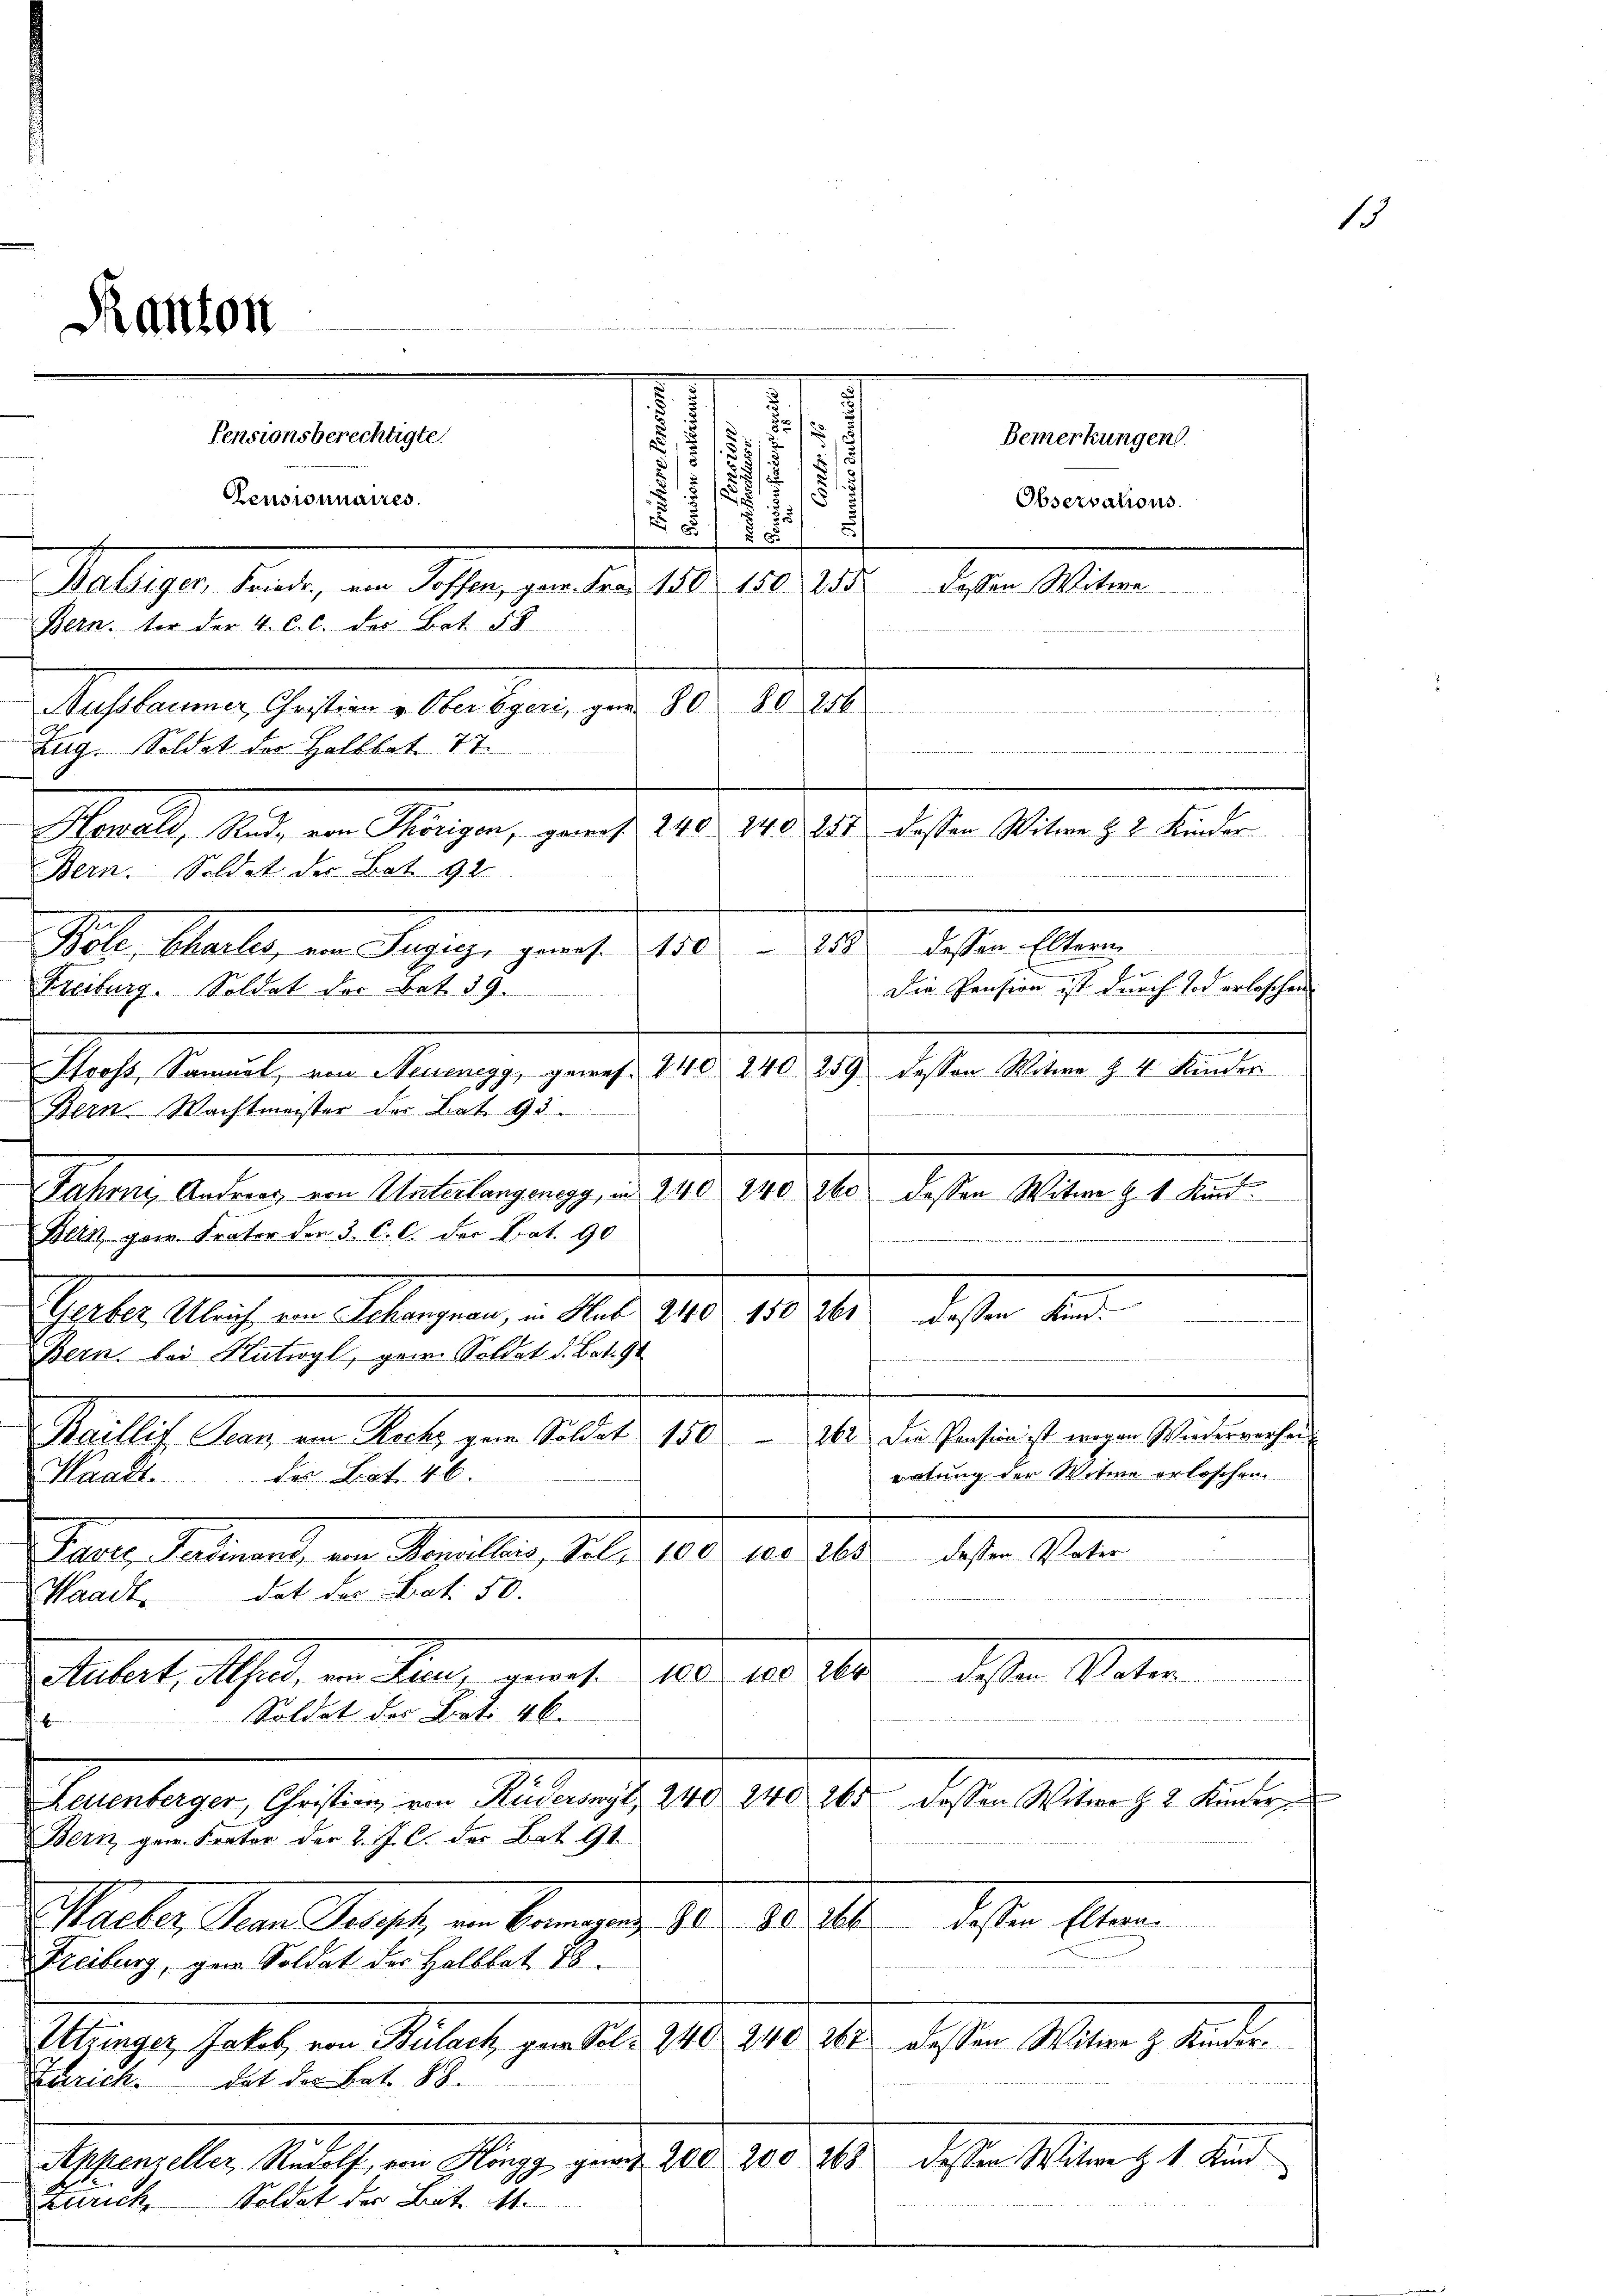
Pensionsberechtigte.
Pensionnaires.
Bern, der der 4. C. c. der Bet § 8
Machterung, Gasten et le legen, zum 10.
Zug. Soldat der Halbbat. 77.
Morel, das in Wagen, ging 1910. 1905.

.

18
1
5
8
5
s
d
585
2sten Mitern
Mar
dessen Witwe Z. 2 Kinder
258 dessen Eltern.
d
Die Pension ist durch Tod erbeschen
Mache Sanit, in Meinung, genug. 1910. 1910. 159. 17ten Mein 11. Seiten
Bein. Wachtmeister der Bat. 93.

x
160.
Salles bedung von Malsbergang in 1810. 1910.
dessen Witwe Z. 4 Kind
Bein gew. Frator der 3. C. c. der Bat. 90
s
.
Gerber Ulrich von Schangnau, in Hub 210 150 261 dessen Kind
Bern, bei Katwyl, gern. Soldat d. Bat. 91
Baillif Jean von Rechs zum Soldat 150 – 161 die Pension ist wegen Wiederverhauertung der Witwe erloschen.
Waadt.
Das Part. 46
100. 265
deten
Pater, Salement, ein Vereiten, der 10.
dat der Prot. 50.
Waadt
alde des 14. dessen Raten
Mutert, Alfred, in den, gante
Soldat des Lati 46.

Leuenberger, Christian von Ruderswyl 240 240 265 dessen Witwer Z. 2 Kinder
Bern gew. Frator der 2. J. C. des Bat. 91.
166
desten an
Meuber, dem Recht, in Banging 10. 10
Freiburg, gen Soldat der Halbbat. 78.
240
de 21sten Menz ander
Ittingen, habet, von Bülach, genable 140
Schrich. dat der Bat. 88.
deßen 10ten 11. Au
Appenzeller, Rudolt, von Höngg gewis 200 200 268
Zürich Soldat der Bett. 41.

Kanton

Bern. Soldet der Bot 92
Pele, Male, von Segige gemacht is

Freiburg. Soldat der Bat. 39.

Melligen hat, an dessen gen den 1865. 102. 1

Bemerkungen.
Observations.

1